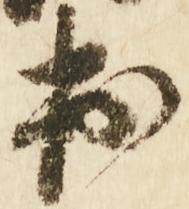
出